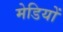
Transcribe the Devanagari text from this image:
मेडियों